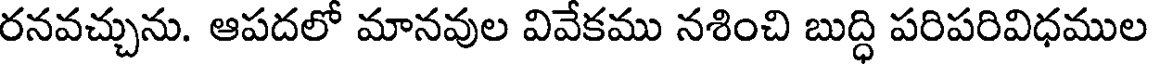
రనవచ్చును. ఆపదలో మానవుల వివేకము నశించి బుద్ధి పరిపరివిధముల